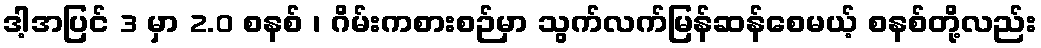
ဒါ့အပြင် 3 မှာ 2.0 စနစ် ၊ ဂိမ်းကစားစဉ်မှာ သွက်လက်မြန်ဆန်စေမယ့် စနစ်တို့လည်း